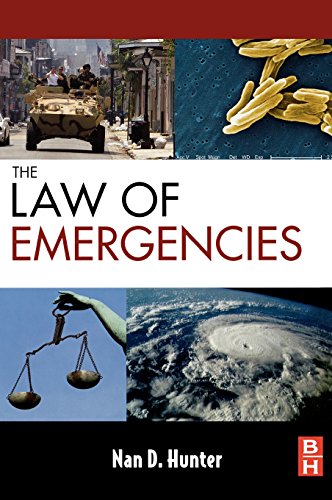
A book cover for The Law of Emergencies: Public Health and Disaster Management; Nan D. Hunter; Law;